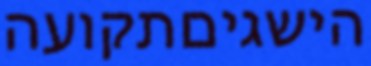
הישגיםתקועה